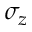
\sigma _ { z }